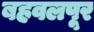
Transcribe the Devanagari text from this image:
बहवलपूर